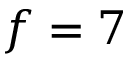
f = 7